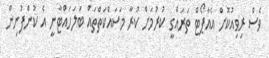
ވެސް ރިވިއުކޮށް އެއާޕޯޓް ތަރައްގީ ކުރުމަށް ކުރާ މަސައްކަތްތައް ބަލަހައްޓާނީ އެ ކުންފުނިން